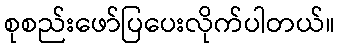
စုစည်းဖော်ပြပေးလိုက်ပါတယ်။